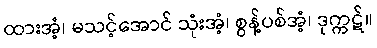
ထားအံ့၊ မသင့်အောင် သုံးအံ့၊ စွန့်ပစ်အံ့၊ ဒုက္ကဋ်။